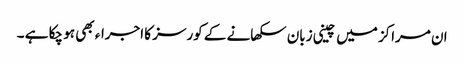
ان مراکز میں چینی زبان سکھانے کے کورسز کا اجراء بھی ہو چکا ہے ۔